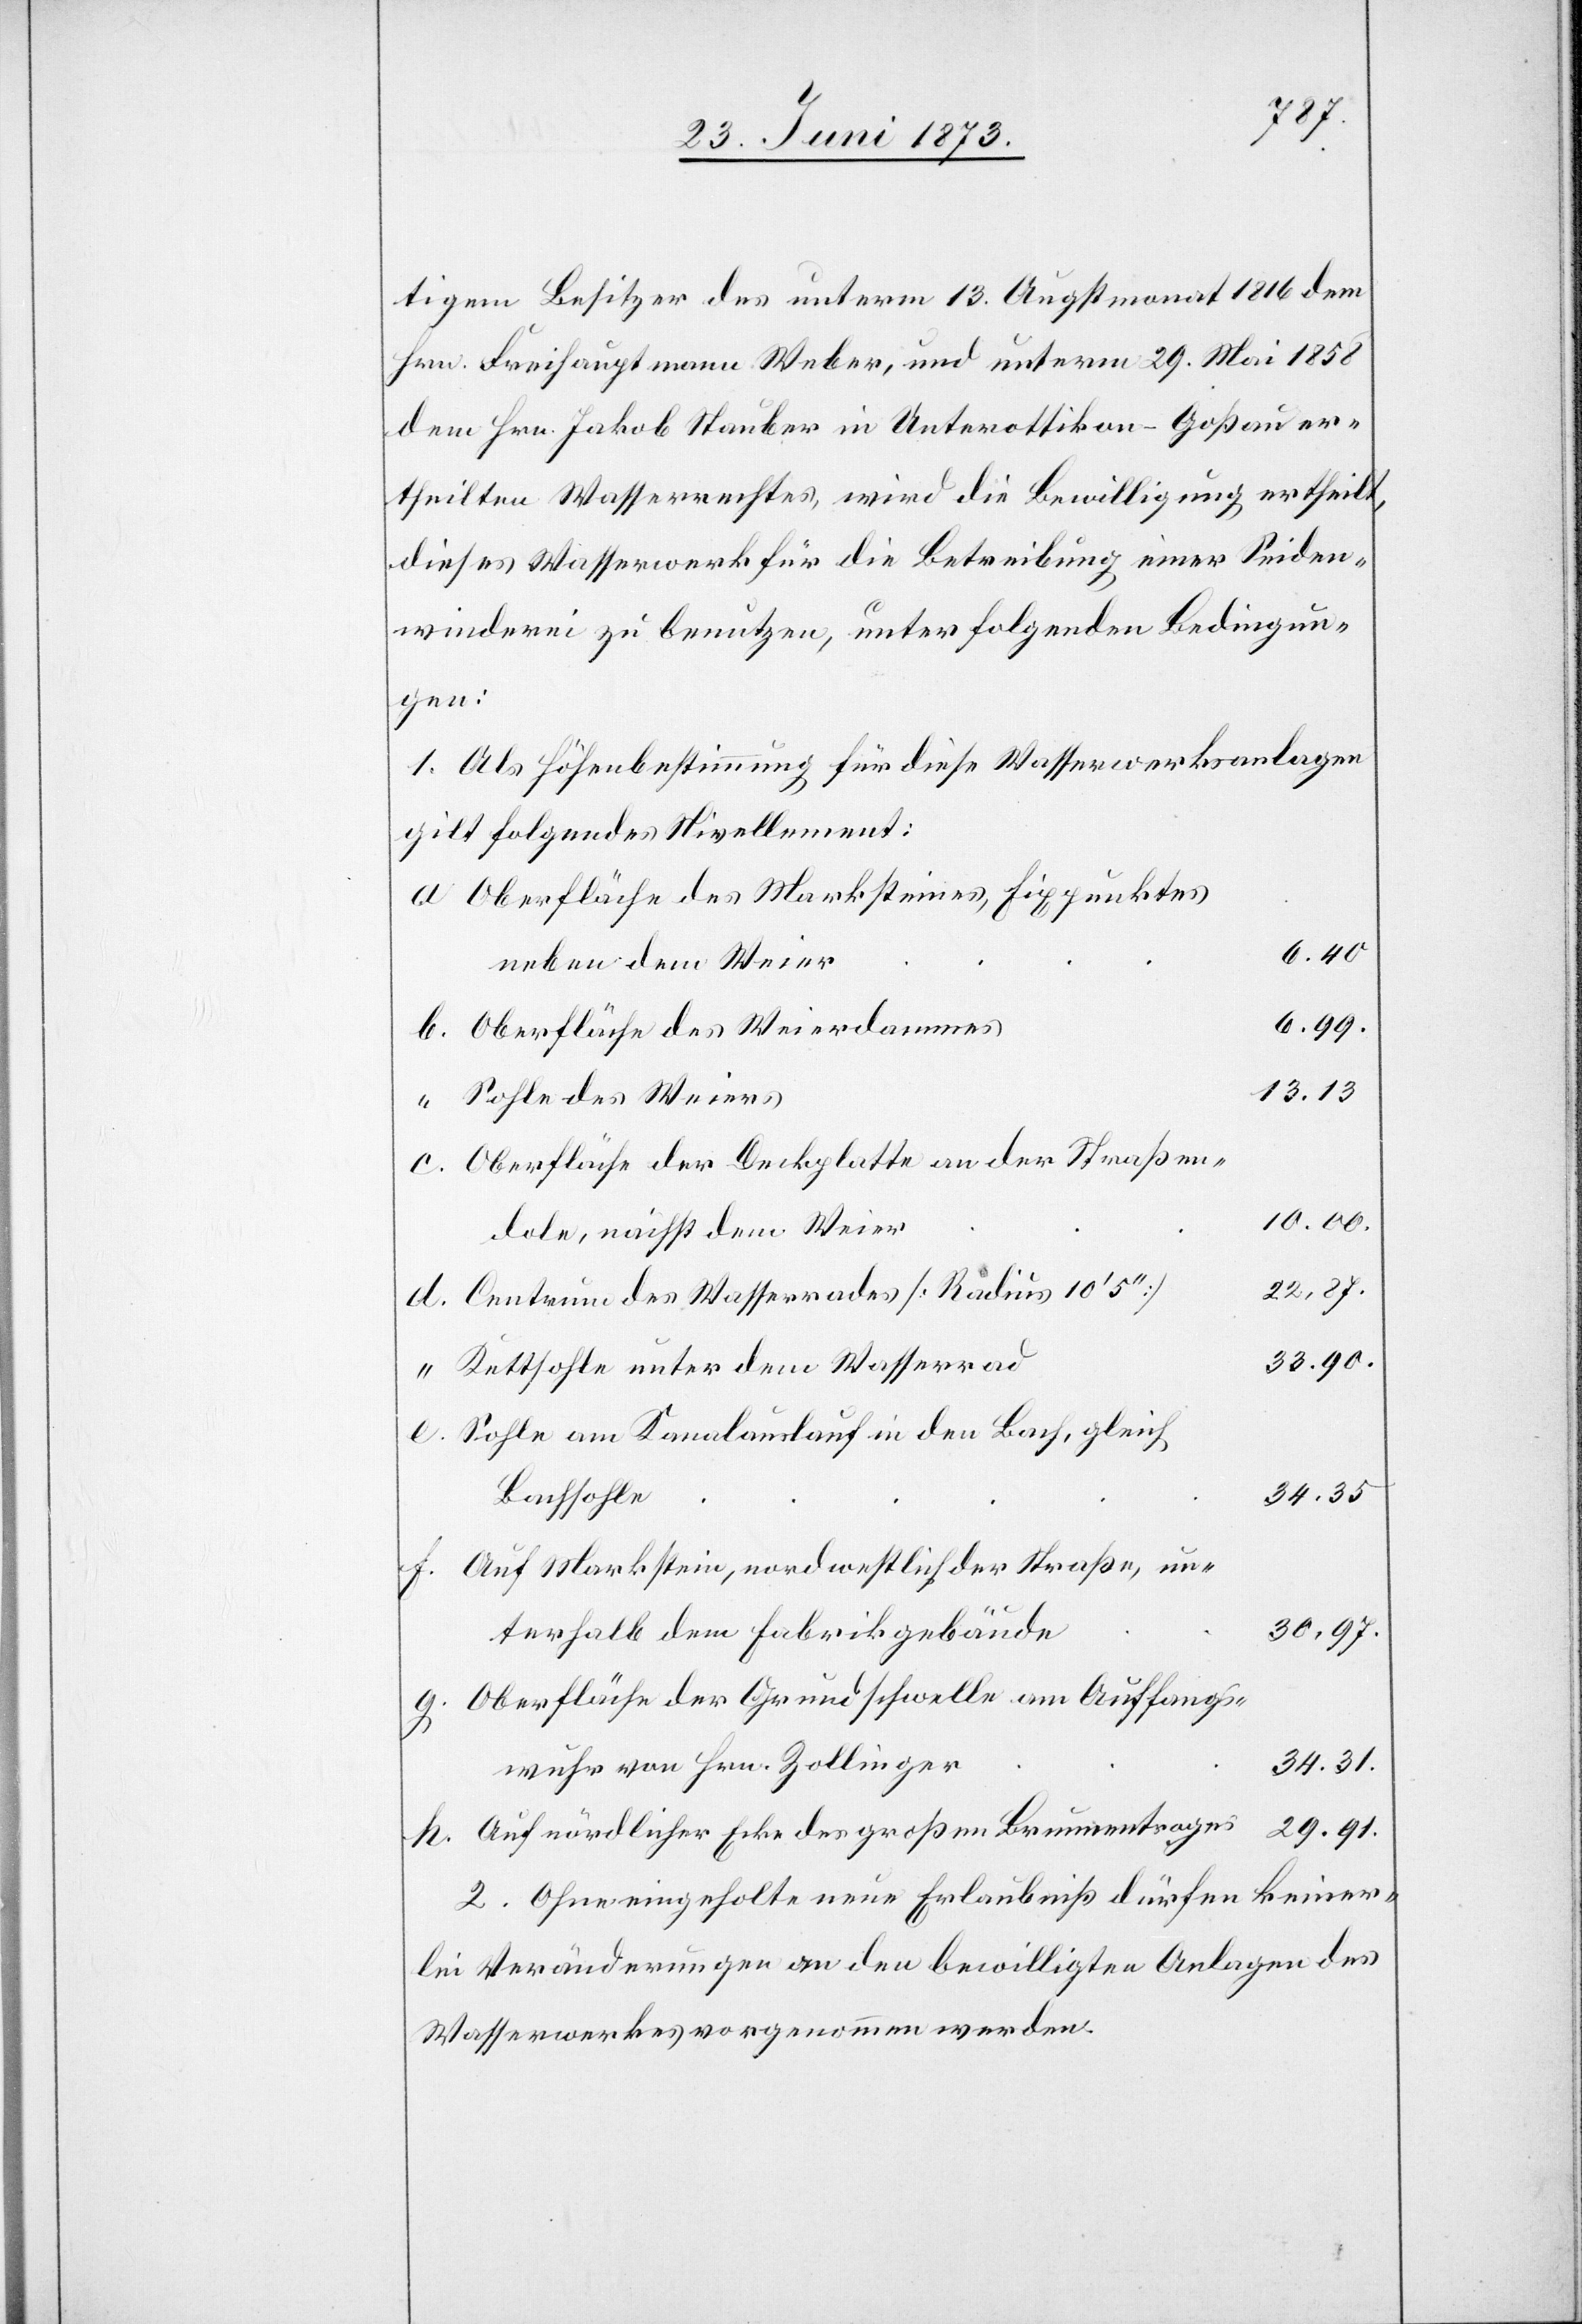
tigem Besitzer des unterm 13. Augstmonat 1816 dem
Hrn. Freihauptmann Weber, und unterm 29. Mai 1858
dem Hrn. Jakob Stauber in Unterottikon-Goßau er¬
theilten Wasserrechtes, wird die Bewilligung ertheilt,
dieses Wasserwerk für die Betreibung einer Seiden¬
winderei zu benutzen, unter folgenden Bedingun¬
gen:
1. Als Höhenbestimmung für diese Wasserwerksanlagen
gilt folgendes Nivellement:
Oberfläche des Marksteines, Fixpunktes
6.40.
neben dem Weier
6.99.
Oberfläche des Weierdammes
13.13.
Sohle des Weiers
Oberfläche der Deckplatte an der Straßen¬
10.00.
dole, nächst dem Weier
22,87.
Centrum des Wasserrades [Radius 10‘ 5‘‘]
33.90.
Kettsohle unter dem Wasserrad
Sohle am Kanalauslauf in den Bach, gleich
34.35.
Bachsohle
Auf Markstein, nordwestlich der Straße, un¬
30,97.
terhalb dem Fabrikgebäude
Oberfläche der Grundschwelle am Auffangs¬
34.31.
wuhr von Hrn. Zolliger
29.91.
Auf nördlicher Ecke des großen Brunnentroges
2. Ohne eingeholte neue Erlaubniß dürfen keiner¬
lei Veränderungen an den bewilligten Anlagen des
Wasserwerkes vorgenommen werden.